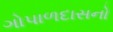
ગોપાળદાસનો